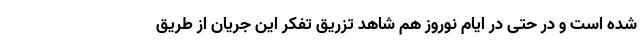
شده است و در حتی در ایام نوروز هم شاهد تزریق تفکر این جریان از طریق